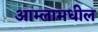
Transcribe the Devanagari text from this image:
आम्लामधील